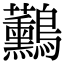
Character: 𪈧